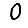
Digit: 0